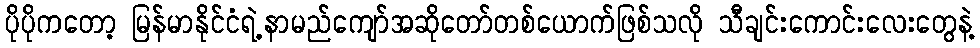
ပိုပိုကတော့ မြန်မာနိုင်ငံရဲ့နာမည်ကျော်အဆိုတော်တစ်ယောက်ဖြစ်သလို သီချင်းကောင်းလေးတွေနဲ့